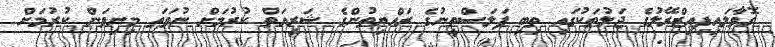
ގޮވާލައިފިއިޒްރޭލުގެ ޖަލުތަކުގައި ތިބި ފަލަސްޠީނުގެ ރައްޔިތުންގެ ޝަރީއަތް ކުރުމަށް ނުވަތަ މިނިވަން ކުރުމަށް